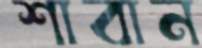
শাবান